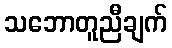
သဘောတူညီချက်